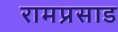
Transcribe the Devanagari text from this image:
रामप्रसाड